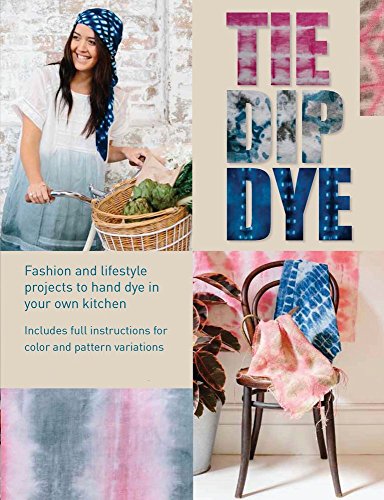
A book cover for Tie Dip Dye: Fashion and Lifestyle Projects to Hand-Dye in Your Own Kitchen; Pepa Martin; Crafts, Hobbies & Home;